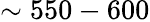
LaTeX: \sim 550-600